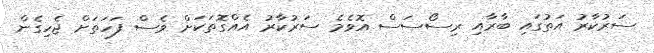
ސަރުކާރު އަތުގައި ބާރާއި ރިސޯސަސް އޮވެމެ ސަރުކާރު އެއްގޮތަކަށް ވެސް ފަހަތަށް ޖެހިގެން